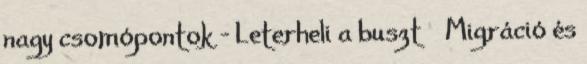
nagy csomópontok – Leterheli a buszt ● Migráció és